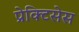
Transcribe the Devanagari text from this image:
प्रेक्टिसेस